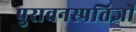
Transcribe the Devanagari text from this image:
पुरावनस्पतिज्ञों